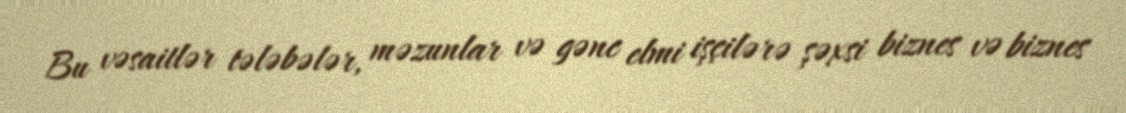
Bu vəsaitlər tələbələr, məzunlar və gənc elmi işçilərə şəxsi biznes və biznes